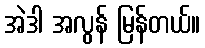
အဲဒါ အလွန် မြန်တယ်။